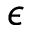
\epsilon